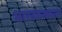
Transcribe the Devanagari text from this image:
भारवहनक्षमता